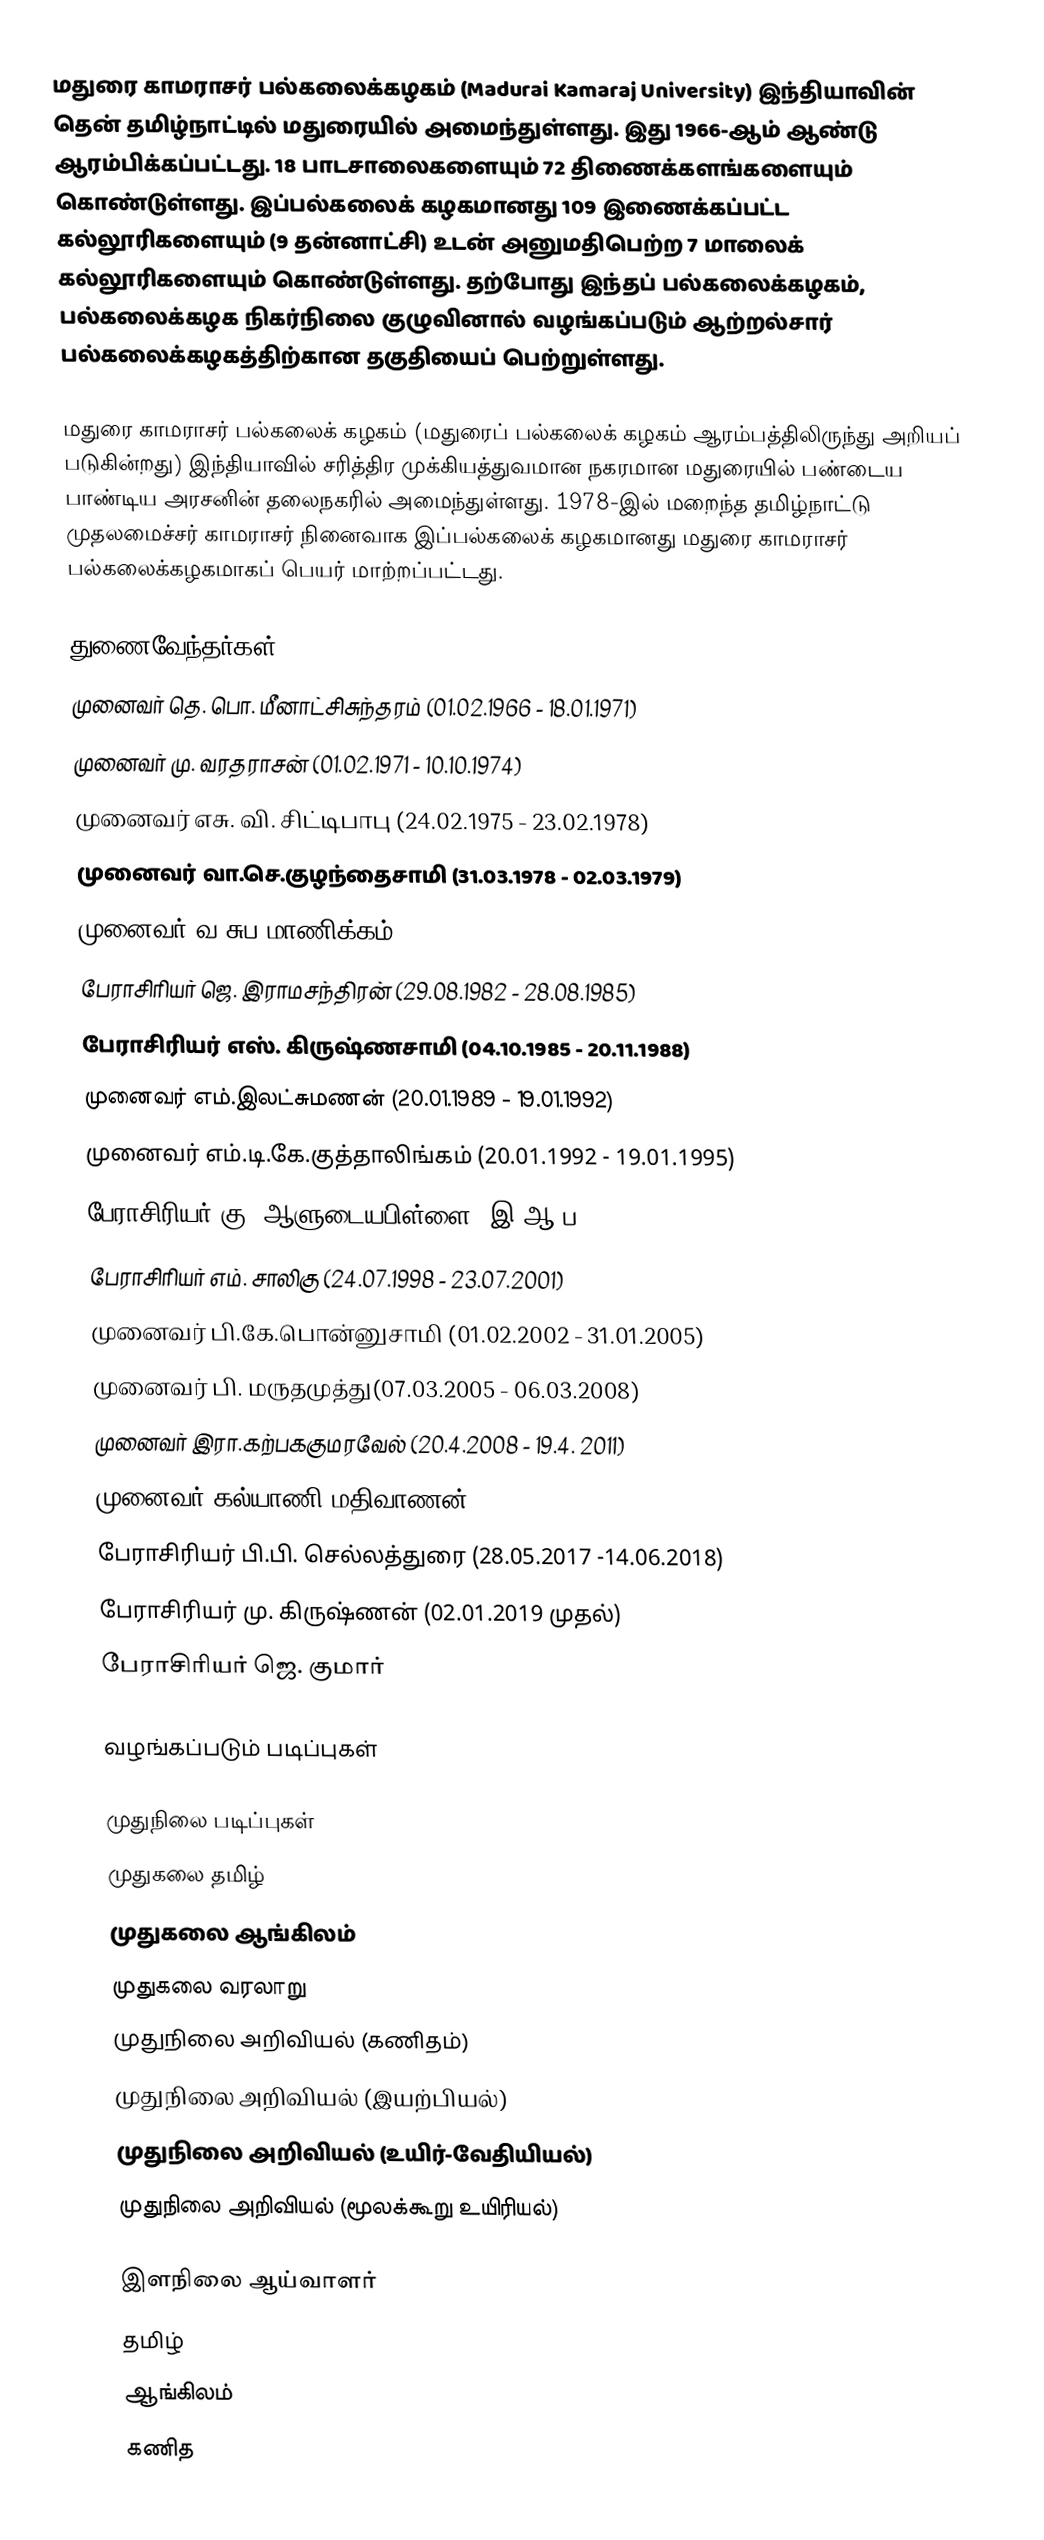
மதுரை காமராசர் பல்கலைக்கழகம் (Madurai Kamaraj University) இந்தியாவின் தென் தமிழ்நாட்டில் மதுரையில் அமைந்துள்ளது. இது 1966-ஆம் ஆண்டு ஆரம்பிக்கப்பட்டது. 18 பாடசாலைகளையும் 72 திணைக்களங்களையும் கொண்டுள்ளது. இப்பல்கலைக் கழகமானது 109 இணைக்கப்பட்ட கல்லூரிகளையும் (9 தன்னாட்சி) உடன் அனுமதிபெற்ற 7 மாலைக் கல்லூரிகளையும் கொண்டுள்ளது. தற்போது இந்தப் பல்கலைக்கழகம், பல்கலைக்கழக நிகர்நிலை குழுவினால் வழங்கப்படும் ஆற்றல்சார் பல்கலைக்கழகத்திற்கான தகுதியைப் பெற்றுள்ளது.

மதுரை காமராசர் பல்கலைக் கழகம் (மதுரைப் பல்கலைக் கழகம் ஆரம்பத்திலிருந்து அறியப் படுகின்றது) இந்தியாவில் சரித்திர முக்கியத்துவமான நகரமான மதுரையில் பண்டைய பாண்டிய அரசனின் தலைநகரில் அமைந்துள்ளது. 1978-இல் மறைந்த தமிழ்நாட்டு முதலமைச்சர் காமராசர் நினைவாக  இப்பல்கலைக் கழகமானது மதுரை காமராசர் பல்கலைக்கழகமாகப் பெயர் மாற்றப்பட்டது.

துணைவேந்தர்கள்
 முனைவர் தெ. பொ. மீனாட்சிசுந்தரம் (01.02.1966 - 18.01.1971)
 முனைவர் மு. வரதராசன் (01.02.1971 - 10.10.1974)
 முனைவர் எசு. வி. சிட்டிபாபு (24.02.1975 - 23.02.1978)
 முனைவர் வா.செ.குழந்தைசாமி (31.03.1978 - 02.03.1979)
 முனைவர் வ.சுப.மாணிக்கம் (17.08.1979 - 30.06.1982)
 பேராசிரியர் ஜெ. இராமசந்திரன் (29.08.1982 - 28.08.1985)
 பேராசிரியர் எஸ். கிருஷ்ணசாமி (04.10.1985 - 20.11.1988)
 முனைவர் எம்.இலட்சுமணன் (20.01.1989 - 19.01.1992)
 முனைவர் எம்.டி.கே.குத்தாலிங்கம் (20.01.1992 - 19.01.1995)
 பேராசிரியர் கு. ஆளுடையபிள்ளை, இ.ஆ.ப. (19.05.1995 - 18.05.1998)
 பேராசிரியர் எம். சாலிகு (24.07.1998 - 23.07.2001)
 முனைவர் பி.கே.பொன்னுசாமி (01.02.2002 - 31.01.2005)
 முனைவர் பி. மருதமுத்து(07.03.2005 - 06.03.2008)
 முனைவர் இரா.கற்பககுமரவேல் (20.4.2008 - 19.4. 2011)
 முனைவர் கல்யாணி மதிவாணன் (10.4.2012 -18.04.2015)
 பேராசிரியர் பி.பி. செல்லத்துரை (28.05.2017 -14.06.2018)
 பேராசிரியர் மு. கிருஷ்ணன் (02.01.2019 முதல்)
 பேராசிரியர் ஜெ. குமார்

வழங்கப்படும் படிப்புகள்

முதுநிலை படிப்புகள்
 முதுகலை தமிழ்
 முதுகலை ஆங்கிலம்
 முதுகலை வரலாறு
 முதுநிலை அறிவியல் (கணிதம்)
 முதுநிலை அறிவியல் (இயற்பியல்)
 முதுநிலை அறிவியல் (உயிர்-வேதியியல்)
 முதுநிலை அறிவியல் (மூலக்கூறு உயிரியல்)

இளநிலை ஆய்வாளர்
 தமிழ்
 ஆங்கிலம்
 கணித